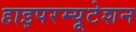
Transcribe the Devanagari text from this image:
हाइपरम्यूटेशन